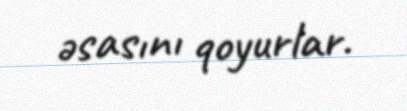
əsasını qoyurlar.